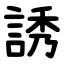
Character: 誘